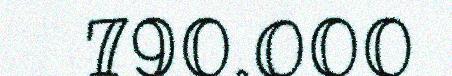
790.000